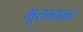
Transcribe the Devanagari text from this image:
भूतभावन